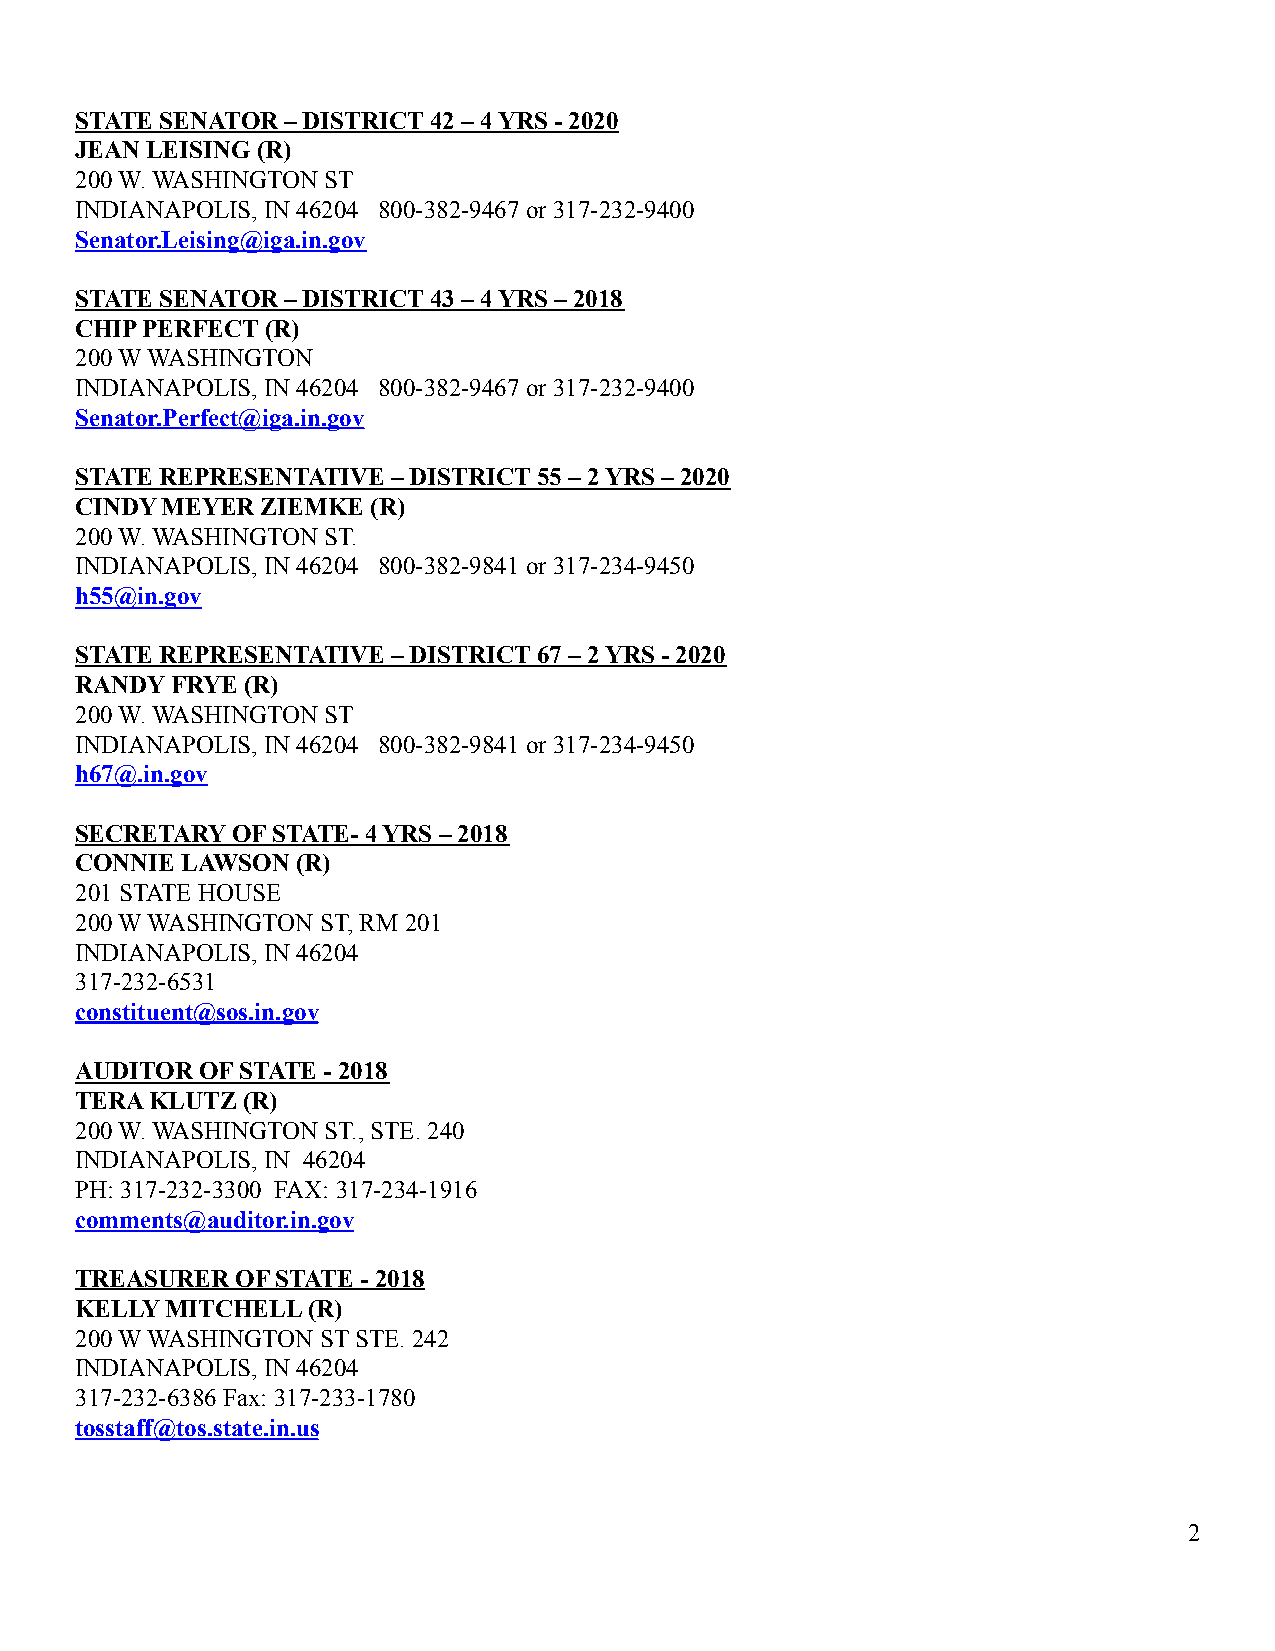
STATE SENATOR – DISTRICT 42 – 4 YRS - 2020
 JEAN LEISING (R)
 200 W. WASHINGTON ST
 INDIANAPOLIS, IN 46204 800-382-9467 or 317-232-9400
 Senator.Leising@iga.in.gov
 STATE SENATOR – DISTRICT 43 – 4 YRS – 2018
 CHIP PERFECT (R)
 200 W WASHINGTON
 INDIANAPOLIS, IN 46204 800-382-9467 or 317-232-9400
 Senator.Perfect@iga.in.gov
 STATE REPRESENTATIVE – DISTRICT 55 – 2 YRS – 2020
 CINDY MEYER ZIEMKE  (R)
 200 W. WASHINGTON ST.
 INDIANAPOLIS, IN 46204 800-382-9841 or 317-234-9450
 h55@in.gov
 STATE REPRESENTATIVE – DISTRICT 67 – 2 YRS - 2020
 RANDY FRYE (R)
 200 W. WASHINGTON ST
 INDIANAPOLIS, IN 46204 800-382-9841 or 317-234-9450
 h67@.in.gov
 SECRETARY OF STATE- 4 YRS – 2018
 CONNIE LAWSON  (R)
 201 STATE HOUSE
 200 W WASHINGTON ST, RM 201
 INDIANAPOLIS, IN 46204
 317-232-6531
 constituent@sos.in.gov
 AUDITOR OF STATE - 2018
 TERA KLUTZ (R)
 200 W. WASHINGTON ST., STE. 240
 INDIANAPOLIS, IN 46204
 PH: 317-232-3300 FAX: 317-234-1916
 comments@auditor.in.gov
 TREASURER  OF STATE - 2018
 KELLY MITCHELL (R)
 200 W WASHINGTON ST STE. 242
 INDIANAPOLIS, IN 46204
 317-232-6386 Fax: 317-233-1780
 tosstaff@tos.state.in.us
 2